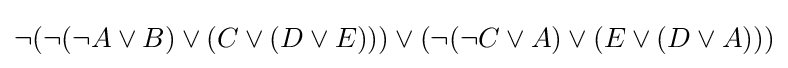
\neg (\neg (\neg A\lor B)\lor (C\lor (D\lor E)))\lor (\neg (\neg C\lor A)\lor (E\lor (D\lor A)))